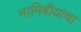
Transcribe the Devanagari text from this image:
नामिबीयाचा